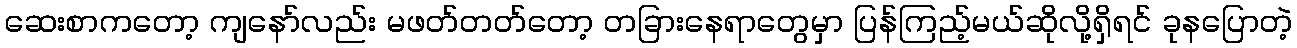
ဆေးစာကတော့ ကျနော်လည်း မဖတ်တတ်တော့ တခြားနေရာတွေမှာ ပြန်ကြည့်မယ်ဆိုလို့ရှိရင် ခုနပြောတဲ့